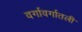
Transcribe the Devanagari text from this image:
वर्गावर्गातली